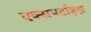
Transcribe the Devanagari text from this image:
एक्सपर्टाइज़